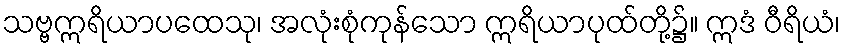
သဗ္ဗဣရိယာပထေသု၊ အလုံးစုံကုန်သော ဣရိယာပုထ်တို့၌။ ဣဒံ ဝီရိယံ၊